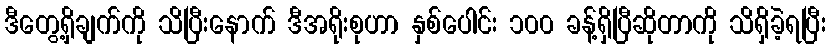
ဒီတွေ့ရှိချက်ကို သိပြီးနောက် ဒီအရိုးစုဟာ နှစ်ပေါင်း ၁၀၀ ခန့်ရှိပြီဆိုတာကို သိရှိခဲ့ရပြီး